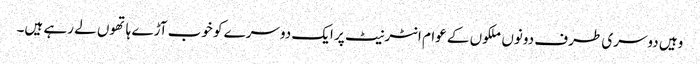
وہیں دوسری طرف دونوں ملکوں کے عوام انٹرنیٹ پر ایک دوسرے کو خوب آڑے ہاتھوں لے رہے ہیں۔